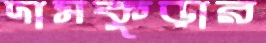
দামকুড়ার